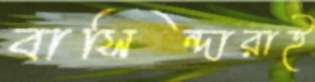
বাসিন্দারাই